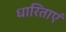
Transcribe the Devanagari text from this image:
धारिताएं